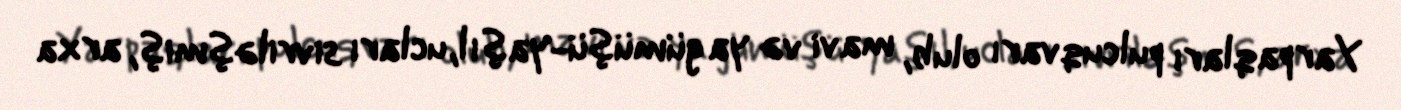
Yarpaqları pulcuqvarı olub, mavi və ya gümüşü-yaşıl, ucları sivriləşmiş, arxa